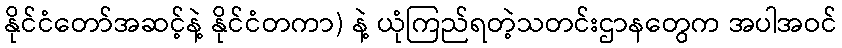
နိုင်ငံတော်အဆင့်နဲ့ နိုင်ငံတကာ) နဲ့ ယုံကြည်ရတဲ့သတင်းဌာနတွေက အပါအဝင်